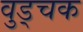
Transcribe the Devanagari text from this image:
वुड्चक